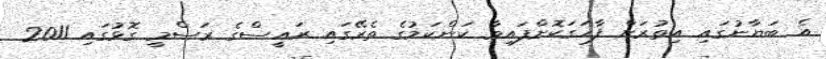
އެ ބަޔާނުގައި އިތުރަށް ފާހަގަކޮށްފައިވާ ކަންކަމުގެ ތެރޭގައި ރައީސްގެ ރަސްމީ ގޮޅުގައި 2011